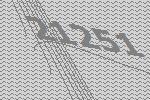
21251